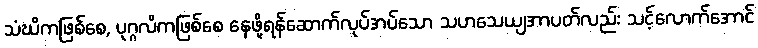
သံဃိကဖြစ်စေ, ပုဂ္ဂလိကဖြစ်စေ နေဖို့ရန်ဆောက်လုပ်အပ်သော သဟသေယျအာပတ်လည်း သင့်လောက်အောင်